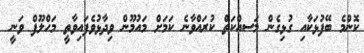
ކޮންމެ ބޭފުޅަކާއި ގުޅިގެން މަސއްކަތް ކުރައްވާނެ ކަމަށް މައުމޫން ވިދާޅުވެފައިވާތީ މަހްލޫފް ވަނީ